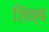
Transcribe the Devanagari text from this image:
जिंक्ष